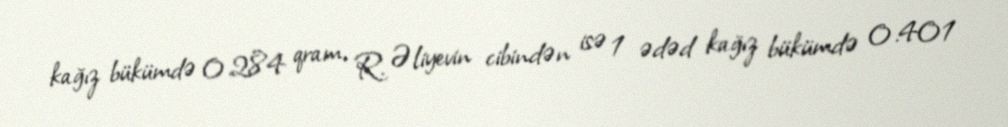
kağız bükümdə 0.284 qram, R. Əliyevin cibindən isə 1 ədəd kağız bükümdə 0.401